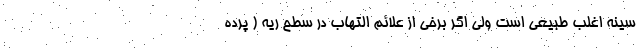
سینه اغلب طبیعی است ولی اگر برخی از علائم التهاب در سطح ریه ( پرده